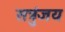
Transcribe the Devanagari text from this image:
सत्रुंजय